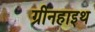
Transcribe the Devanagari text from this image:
ग्रीनहाइथ